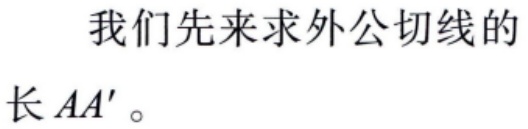
我们先来求外公切线的
长 \(AA'\)。